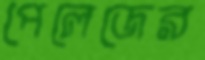
পেলেজের